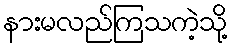
နားမလည်ကြသကဲ့သို့